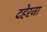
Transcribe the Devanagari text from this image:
दहेरजा